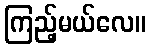
ကြည့်မယ်လေ။